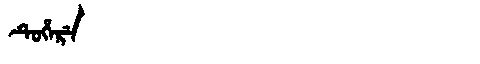
Manchu: ᡨᡠᡥᡝᡵᡝ
Romanization: TUHERE